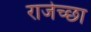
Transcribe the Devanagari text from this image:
राजेच्छा